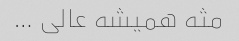
مثه همیشه عالی …